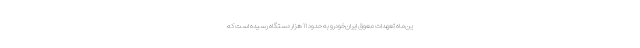
ین‌ماه تعهدات معوق ایران‌خودرو به حدود ۱۱ هزار دستگاه رسیده است که